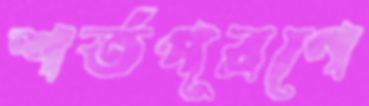
শর্তপূরণে